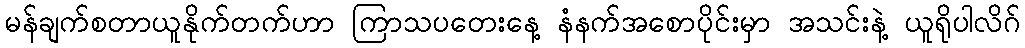
မန်ချက်စတာယူနိုက်တက်ဟာ ကြာသပတေးနေ့ နံနက်အစောပိုင်းမှာ အသင်းနဲ့ ယူရိုပါလိဂ်